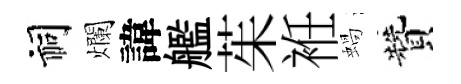
祠爛諱艦茱袵蝸贊